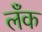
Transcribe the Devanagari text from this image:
लँक